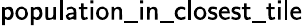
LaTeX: \mathsf{population\_ in\_ closest\_ tile}